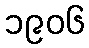
၁၉၀၆